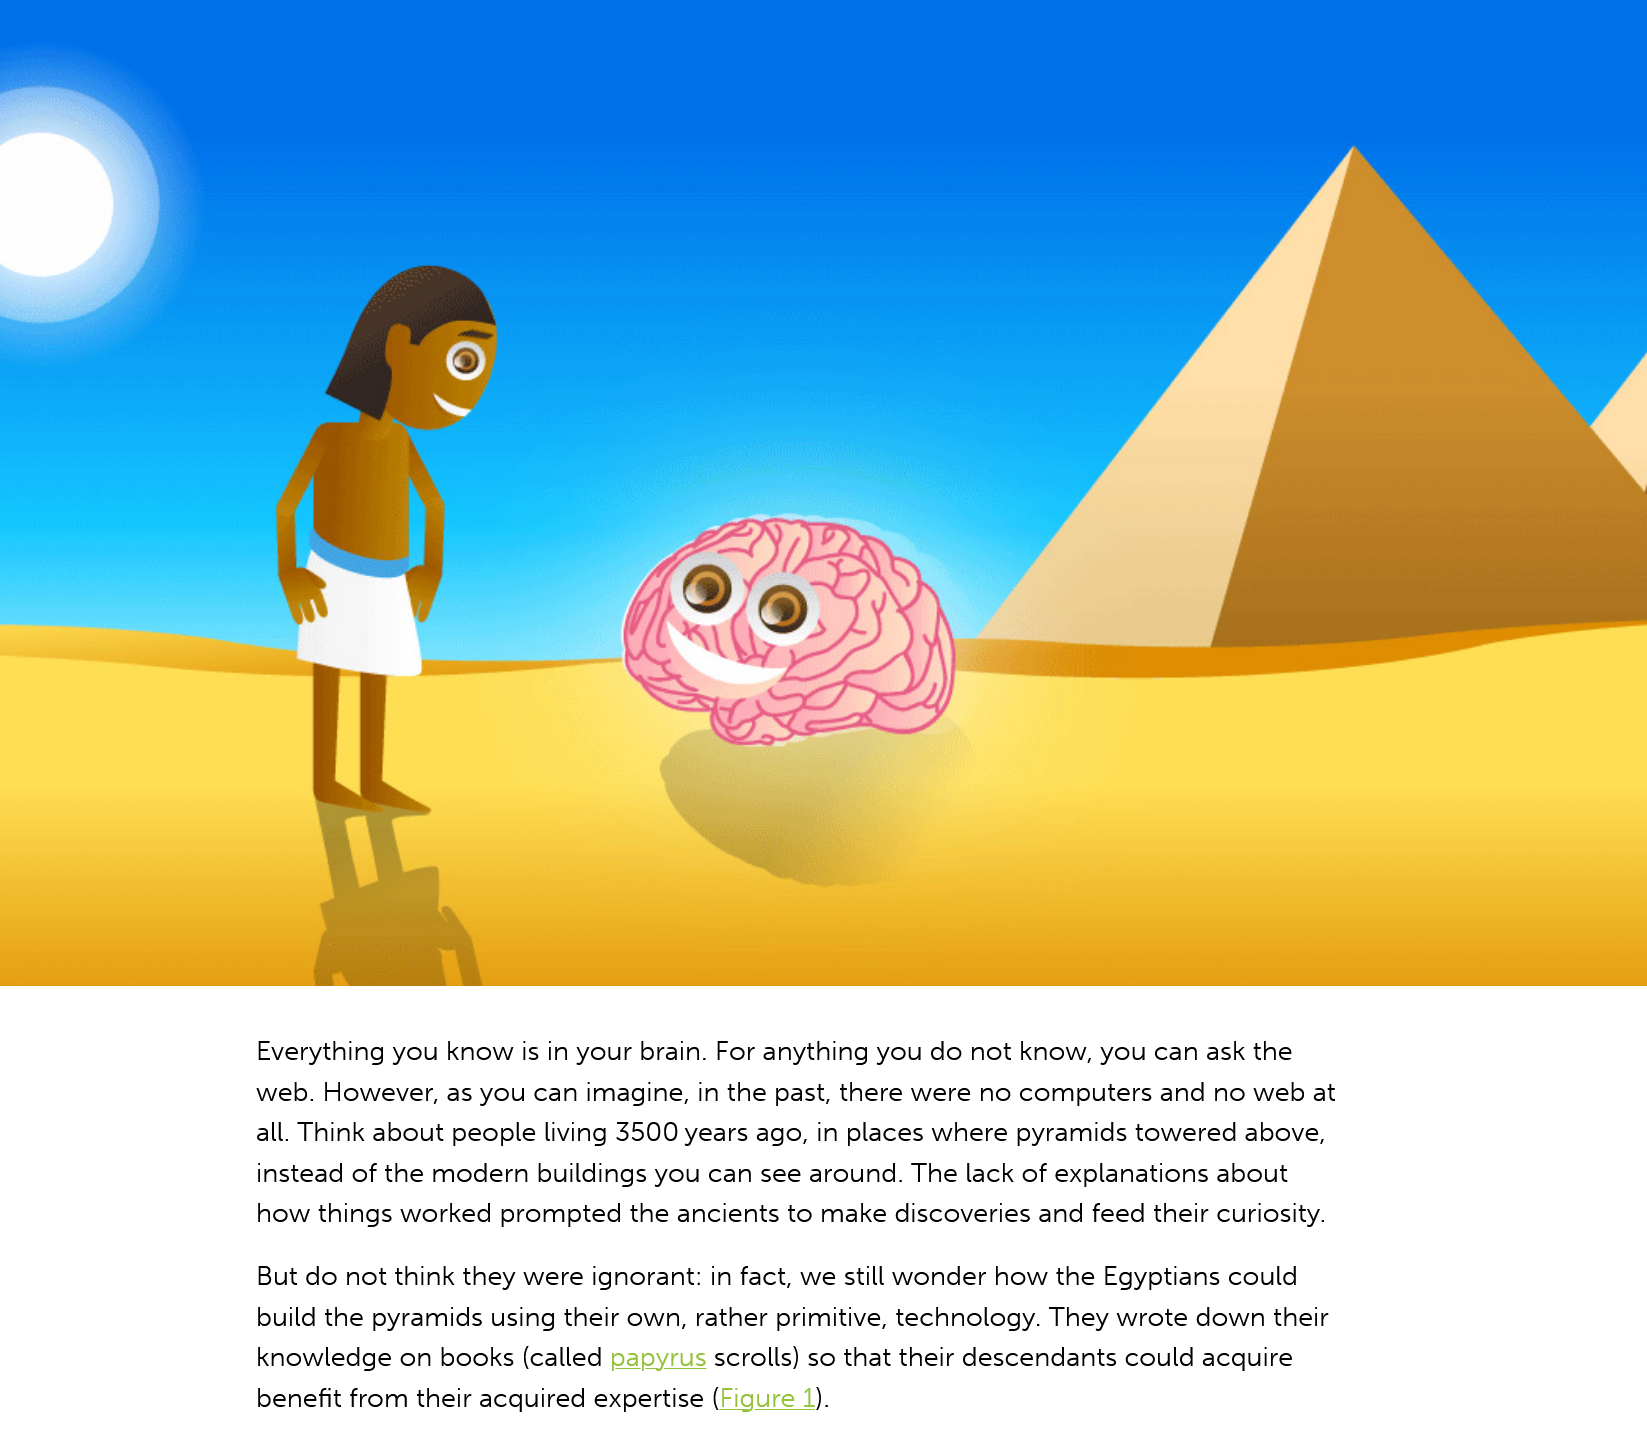
Ried)
     l
     a
     :
     NO
     Everything you know is in your brain. For anything you do not know, you can ask the
     web. However, as you can imagine, in the past, there were no computers and no web at
     all. Think about people living 3500 years ago, in places where pyramids towered above,
     instead of the modern buildings you can see around. The lack of explanations about
     how things worked prompted the ancients to make discoveries and feed their curiosity.
     But do not think they were ignorant: in fact, we still wonder how the Egyptians could
     build the pyramids using their own, rather primitive, technology. They wrote down their
     knowledge on books (called papyrus scrolls) so that their descendants could acquire
     benefit from their acquired expertise (Figure 1).